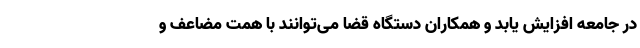
در جامعه افزایش یابد و همکاران دستگاه قضا می‌توانند با همت مضاعف و